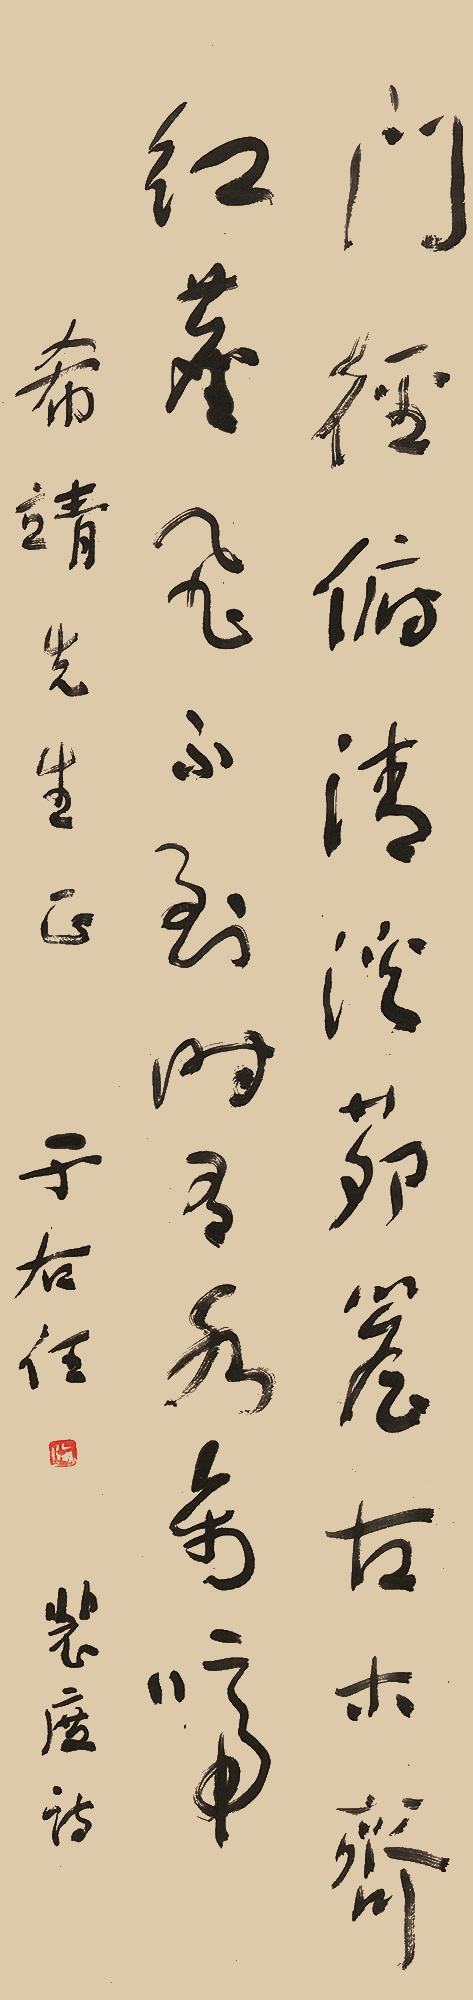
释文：门径俯清溪，茅檐古木齐。红尘飞不到，时有水禽啼。希靖先生正。于右任。裴度诗。